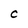
Character: C